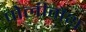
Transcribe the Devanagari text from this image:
पोलीमैथ